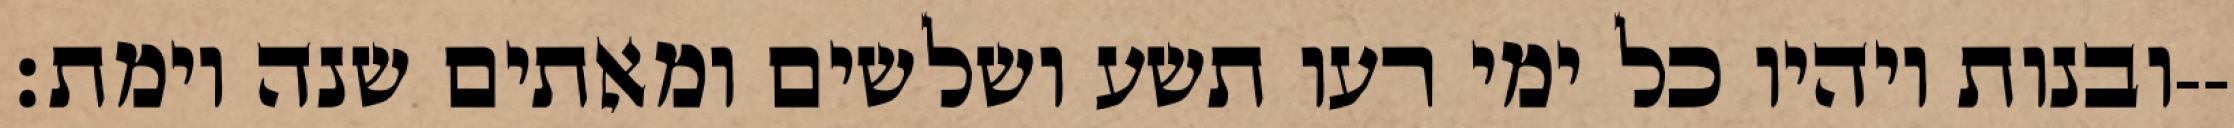
ובנות ויהיו כל ימי רעו תשע ושלשים ומאתים שנה וימת׃--